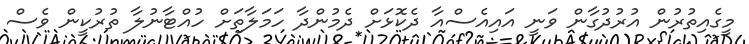
މީގެއިތުރުން އުރުދުގާން ވަނީ އައިއެސްއާ ދެކޮޅަށް ދެމުންދާ ހަމަލާތަށް ހުއްޓާނުލާ ތުރުކީން ވެސް